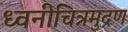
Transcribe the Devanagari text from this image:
ध्वनीचित्रमुद्रण